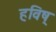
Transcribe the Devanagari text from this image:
हविष्